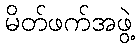
မိတ်ဖက်အဖွဲ့